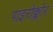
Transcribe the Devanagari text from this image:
पाइरोक्लोर